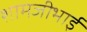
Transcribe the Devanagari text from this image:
शामजीभाई